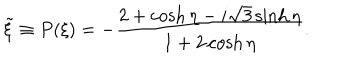
\tilde { \xi } \equiv P ( \xi ) = - \frac { 2 + \cosh \eta - i \sqrt { 3 } \sinh \eta } { 1 + 2 \cosh \eta } .